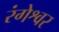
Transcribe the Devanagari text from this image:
रंगेश्वर